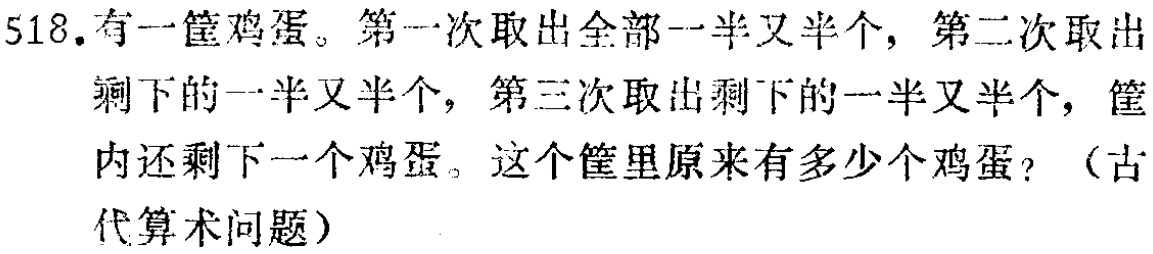
518. 有一筐鸡蛋。第一次取出全部一半又半个，第二次取出剩下的一半又半个，第三次取出剩下的一半又半个，筐内还剩下一个鸡蛋。这个筐里原来有多少个鸡蛋？（古代算术问题）